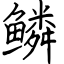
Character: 鳞